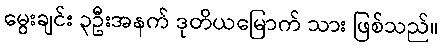
မွေးချင်း ၃ဦးအနက် ဒုတိယမြောက် သား ဖြစ်သည်။